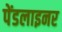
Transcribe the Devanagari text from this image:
पेंडलाइनर